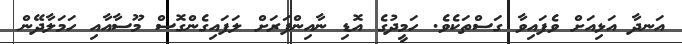
އަނދާ އަޅިއަށް ވެފައިވާ ގަސްތަކެވެ. ހަމީދުގެ އޮޑި ނާއިންފަރަށް ލަފައިގެންގޮސް މޫސާއާއި ހަމަލާދޭން